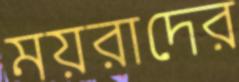
ময়রাদের